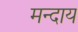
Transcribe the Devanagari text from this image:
मन्दाय